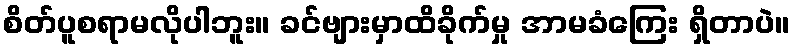
စိတ်ပူစရာမလိုပါဘူး။ ခင်ဗျားမှာထိခိုက်မှု အာမခံကြေး ရှိတာပဲ။